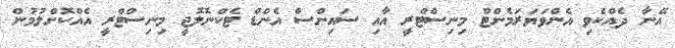
އޭނާ ދެއްކެވި އެންވަޔަރަމެންޓް މިނިސްޓްރީ އާއި ސައިންސް އެންޑް ޓެކްނޮލޮޖީ މިނިސްޓްރީ އެއްކޮށްލުމުން